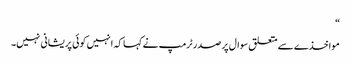
“
مواخذے سے متعلق سوال پر صدر ٹرمپ نے کہا کہ انہیں کوئی پریشانی نہیں۔